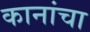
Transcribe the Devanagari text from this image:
कानांचा